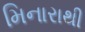
મિનારાથી